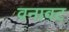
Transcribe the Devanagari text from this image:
वनावट